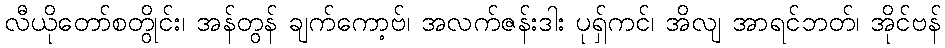
လီယိုတော်စတွိုင်း၊ အန်တွန် ချက်ကော့ဗ်၊ အလက်ဇန်းဒါး ပုရှ်ကင်၊ အိလျ အာရင်ဘတ်၊ အိုင်ဗန်